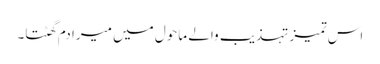
اس تمیز تہذیب والے ماحول میں میرا دم گھٹتا۔